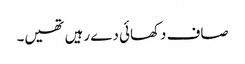
صاف دکھائی دے رہیں تھیں۔